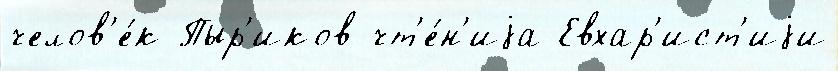
челов'е́к Пыр'иков чт'е́н'иjа Евхар'ист'иjи